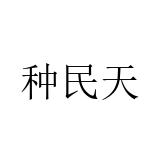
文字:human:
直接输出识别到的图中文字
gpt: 种民天